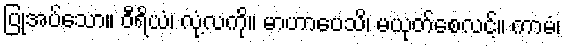
ပြုအပ်သော။ ဝီရိယံ၊ လုံ့လကို။ မာဟာပေသိ၊ မယုတ်စေလင့်။ ကာမံ၊